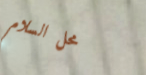
محل السلام